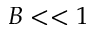
B < < 1